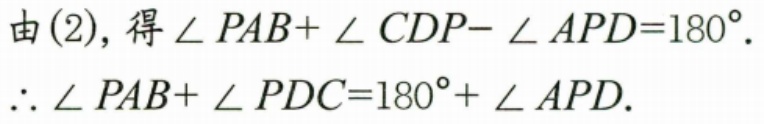
由(2), 得\(\angle PAB+\angle CDP - \angle APD = 180^{\circ}\).
\(\therefore \angle PAB+\angle PDC = 180^{\circ}+\angle APD\).